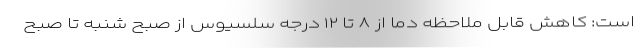
است: کاهش قابل ملاحظه‌ دما از ۸ تا ۱۲ درجه سلسیوس از صبح شنبه تا صبح